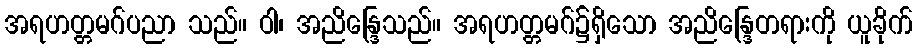
အရဟတ္တမဂ်ပညာ သည်။ ဝါ၊ အညိန္ဒြေသည်။ အရဟတ္တမဂ်၌ရှိသော အညိန္ဒြေတရားကို ယူခိုက်